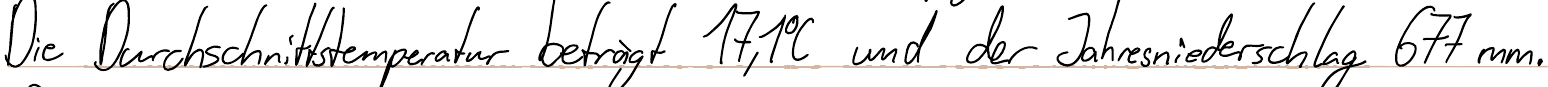
Die Durchschnittstemperatur beträgt 17,1°C und der Jahresniederschlag 677mm.